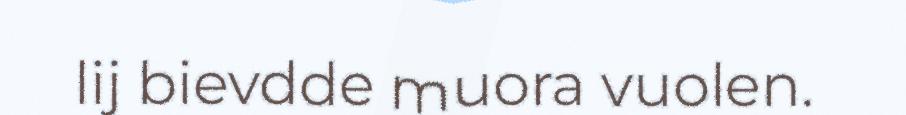
lij bievdde muora vuolen.